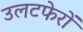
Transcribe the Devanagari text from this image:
उलटफेरों